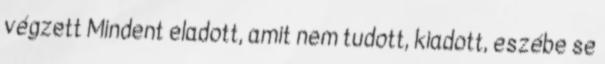
végzett Mindent eladott, amit nem tudott, kiadott, eszébe se